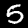
Digit: 5